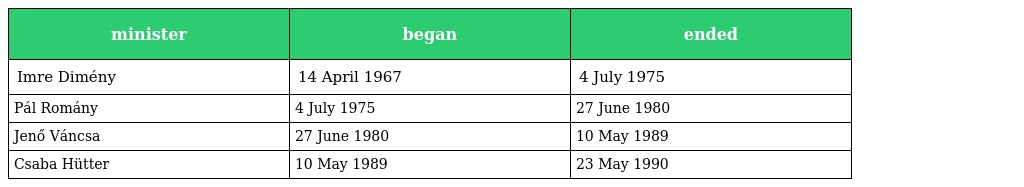
| minister | began | ended |
 | --- | --- | --- |
 | Imre Dimény | 14 April 1967 | 4 July 1975 |
 | Pál Romány | 4 July 1975 | 27 June 1980 |
 | Jenő Váncsa | 27 June 1980 | 10 May 1989 |
 | Csaba Hütter | 10 May 1989 | 23 May 1990 |